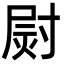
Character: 㷉